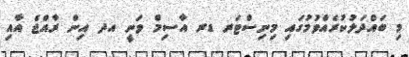
މި ބައްދަލުކުރެއްވުމުގައި މިނިސްޓަރ ޑރ އާސިމް ވަނީ އދ އިން ރާއްޖެ އާއި